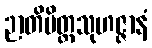
ဉာတိမိတ္တသုဟဇ္ဇာနံ